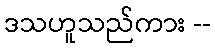
ဒသဟူသည်ကား --